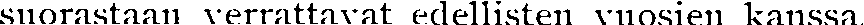
suorastaan verrattavat edellisten vuosien kaussa.